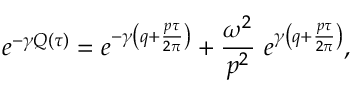
e ^ { - \gamma Q ( \tau ) } = e ^ { - \gamma \left( q + \frac { p \tau } { 2 \pi } \right) } + \frac { \omega ^ { 2 } } { p ^ { 2 } } \, \, e ^ { \gamma \left( q + \frac { p \tau } { 2 \pi } \right) } ,